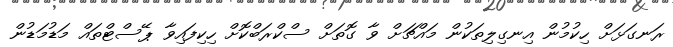
ރަނގަޅަށް ހިކުމުން އިނގިލިތަކުން މައްޗަށް ވާ ގޮތަށް ސްކްރަބްކޮށް ހިކިފައިވާ ޕޭސްޓްތައް މަޑުމަޑުން